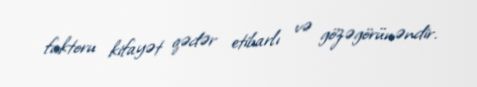
faktoru kifayət qədər etibarlı və gözəgörünəndir.